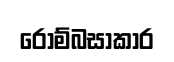
රොම්බසාකාර